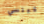
كيلسي